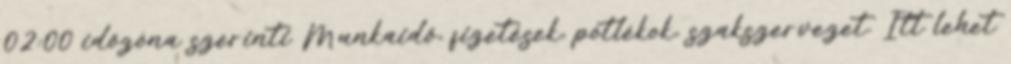
02:00 időzóna szerinti Munkaidő, fizetések, pótlékok, szakszervezet. Itt lehet